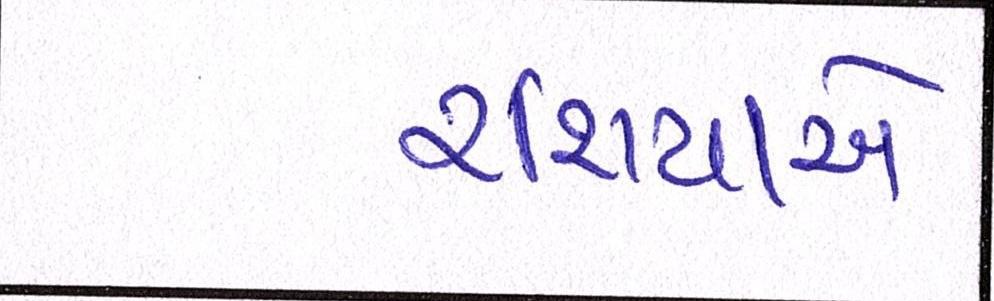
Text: રશિયાએ